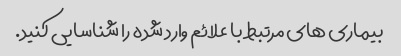
بیماری های مرتبط با علائم وارد شده را شناسایی کنید.